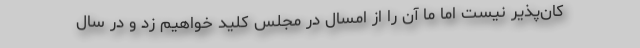
کان‌پذیر نیست اما ما آن را از امسال در مجلس کلید خواهیم زد و در سال